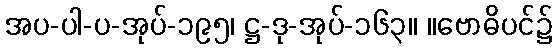
အပ-ပါ-ပ-အုပ်-၁၉၅၊ ဋ္ဌ-ဒု-အုပ်-၁၆၃။ ။ဗောဓိပင်၌